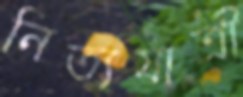
নিত্যযাত্রী